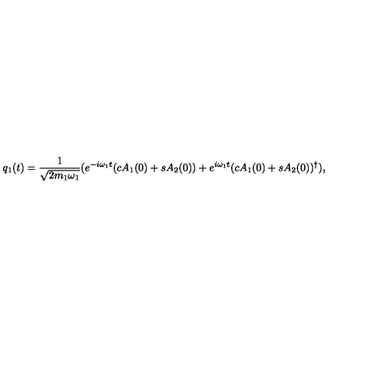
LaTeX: q _ { 1 } ( t ) = \frac { 1 } { \sqrt { 2 m _ { 1 } \omega _ { 1 } } } ( e ^ { - i \omega _ { 1 } t } ( c A _ { 1 } ( 0 ) + s A _ { 2 } ( 0 ) ) + e ^ { i \omega _ { 1 } t } ( c A _ { 1 } ( 0 ) + s A _ { 2 } ( 0 ) ) ^ { \dag } ) ,